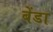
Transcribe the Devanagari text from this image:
बेंडा